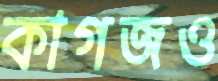
কাগজও